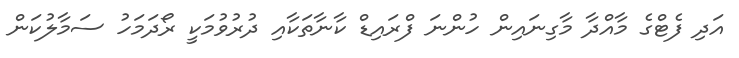
އަދި ފެޓްގެ މާއްދާ މާގިނައިން ހުންނަ ފްރައިޑް ކާނާތަކާއި ދުރުވުމަކީ ރޯދަމަހު ސަމާލުކަން